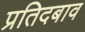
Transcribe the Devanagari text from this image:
प्रतिदबाव